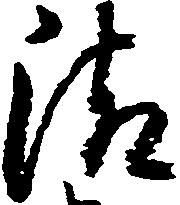
清